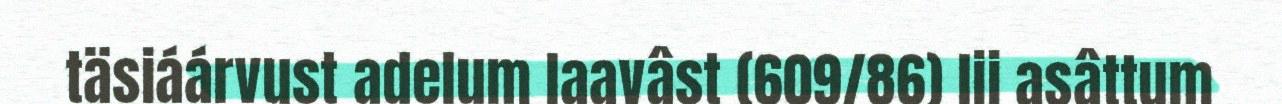
täsiáárvust adelum laavâst (609/86) lii asâttum